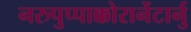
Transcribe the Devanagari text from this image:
नरुपुप्पाक्कोरानेंटार्नु